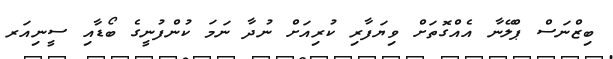
ބިޒްނަސް ޕްލޭނާ އެއްގޮތަށް ވިޔަފާރި ކުރިއަށް ނުދާ ނަމަ ކުންފުނީގެ ބޯޑާއި ސީނިއަރ